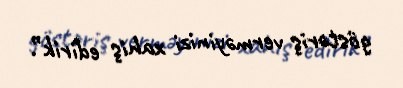
göstəriş verməyinizi xahiş edirik”.